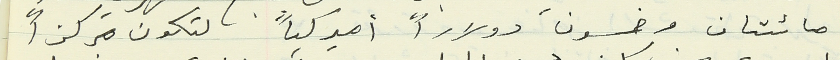
مائتان وخسون دولاراً أميركياً لتكون مركزاً